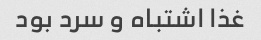
غذا اشتباه و سرد بود